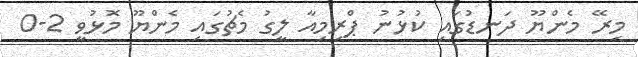
މިރޭ މެންޔޫ ދަނޑުގައި ކުޅުނު ޕްރިމިއާ ލީގު މެޗުގައި މެންޔޫ މޮޅުވީ 2-0